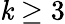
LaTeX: \mathit{k}\ge3